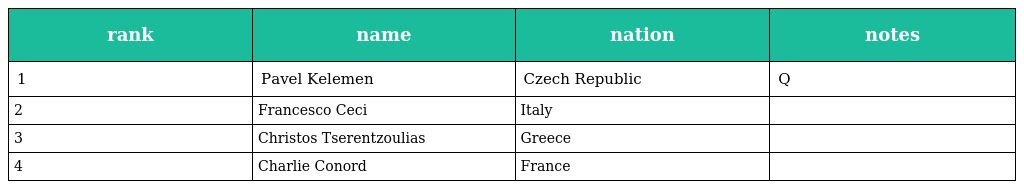
| rank | name | nation | notes |
 | --- | --- | --- | --- |
 | 1 | Pavel Kelemen | Czech Republic | Q |
 | 2 | Francesco Ceci | Italy |  |
 | 3 | Christos Tserentzoulias | Greece |  |
 | 4 | Charlie Conord | France |  |